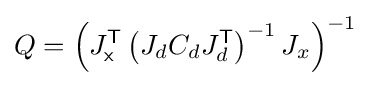
Q=\left(J_{\mathsf {x}}^{\mathsf {T}}\left(J_{d}C_{d}J_{d}^{\mathsf {T}}\right)^{-1}J_{x}\right)^{-1}